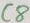
Text: C8